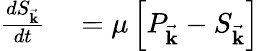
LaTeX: \begin{array}{rl}{\frac{dS_{\vec{\mathbf{k}}}}{dt}}&{{}=\mu\left[P_{\vec{\mathbf{k}}}-S_{\vec{\mathbf{k}}}\right]}\end{array}